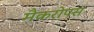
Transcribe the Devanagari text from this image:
मैकरोपस